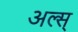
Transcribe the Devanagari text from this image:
अल्स्